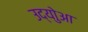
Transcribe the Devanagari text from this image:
उद्योुआ